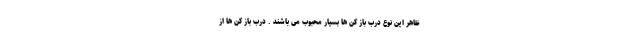
ظاهر این نوع درب باز کن ها بسیار محبوب می باشند . درب باز کن ها از